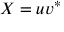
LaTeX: X = u { v } ^ { * }